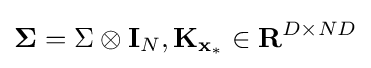
{\boldsymbol {\Sigma }}=\Sigma \otimes {\textbf {I}}_{N},{\textbf {K}}_{{\textbf {x}}_{*}}\in {\mathcal {\textbf {R}}}^{D\times ND}